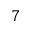
^ { 7 }